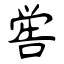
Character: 喾